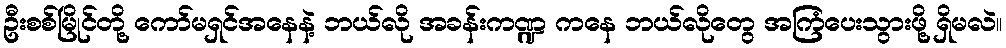
ဦးစစ်မြိုင်တို့ ကော်မရှင်အနေနဲ့ ဘယ်လို အခန်းကဏ္ဍ ကနေ ဘယ်လိုတွေ အကြံပေးသွားဖို့ ရှိမလဲ။